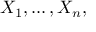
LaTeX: X _ { 1 } , \dots , X _ { n } ,